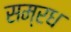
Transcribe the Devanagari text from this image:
सम्रध